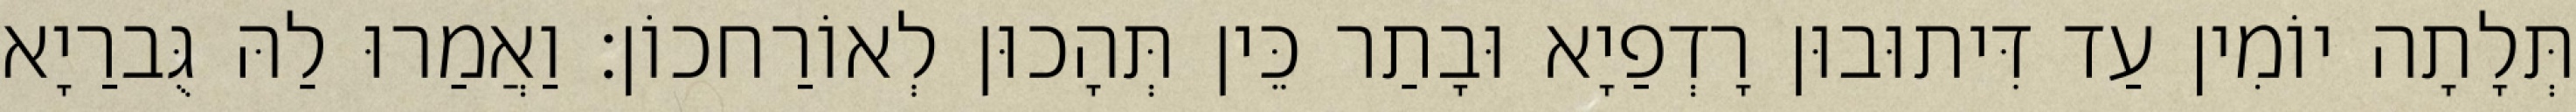
תְּלָתָה יוֹמִין עַד דִּיתוּבוּן רָדְפַיָא וּבָתַר כֵּין תְּהָכוּן לְאוֹרַחכוֹן׃ וַאֲמַרוּ לַהּ גֻּברַיָא